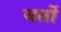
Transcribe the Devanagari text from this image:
वर्तो